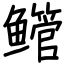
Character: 鳤